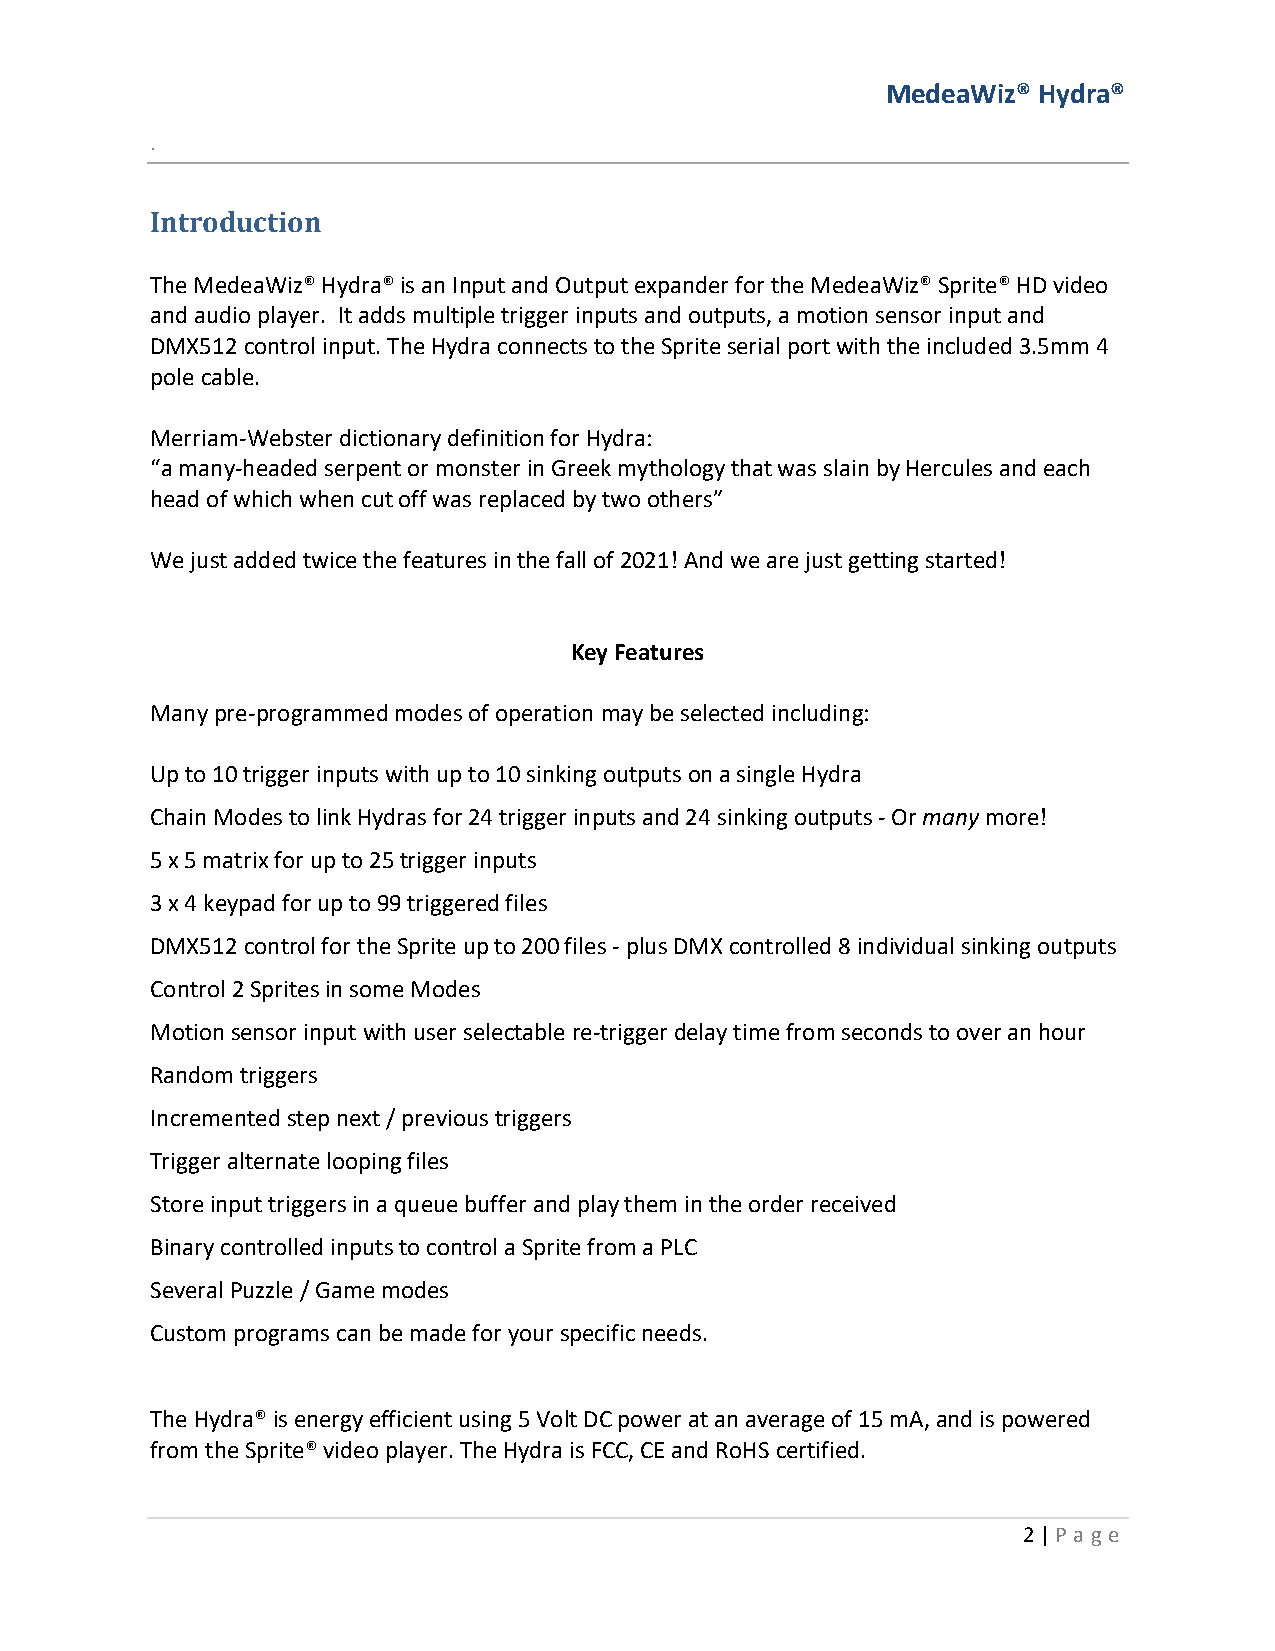
MedeaWiz® Hydra®
 .
 Introduction
 The MedeaWiz® Hydra® is an Input and Output expander for the MedeaWiz® Sprite® HD video
 and audio player. It adds multiple trigger inputs and outputs, a motion sensor input and
 DMX512 control input. The Hydra connects to the Sprite serial port with the included 3.5mm 4
 pole cable.
 Merriam-Webster dictionary definition for Hydra:
 “a many-headed serpent or monster in Greek mythology that was slain by Hercules and each
 head of which when cut off was replaced by two others”
 We just added twice the features in the fall of 2021! And we are just getting started!
 Key Features
 Many pre-programmed modes of operation may be selected including:
 Up to 10 trigger inputs with up to 10 sinking outputs on a single Hydra
 Chain Modes to link Hydras for 24 trigger inputs and 24 sinking outputs - Or many more!
 5 x 5 matrix for up to 25 trigger inputs
 3 x 4 keypad for up to 99 triggered files
 DMX512 control for the Sprite up to 200 files - plus DMX controlled 8 individual sinking outputs
 Control 2 Sprites in some Modes
 Motion sensor input with user selectable re-trigger delay time from seconds to over an hour
 Random triggers
 Incremented step next / previous triggers
 Trigger alternate looping files
 Store input triggers in a queue buffer and play them in the order received
 Binary controlled inputs to control a Sprite from a PLC
 Several Puzzle / Game modes
 Custom programs can be made for your specific needs.
 The Hydra® is energy efficient using 5 Volt DC power at an average of 15 mA, and is powered
 from the Sprite® video player. The Hydra is FCC, CE and RoHS certified.
 2 | P age